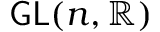
\mathsf { G L } ( n , \mathbb { R } )